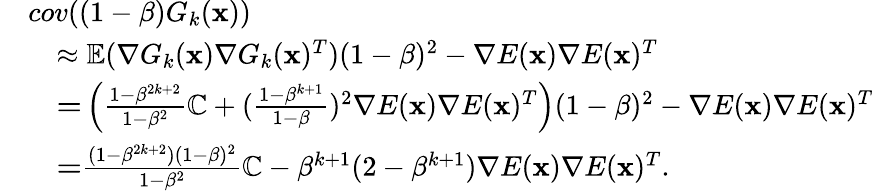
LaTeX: \begin{array}{rl}&{cov((1-\beta)G_{k}(\mathbf{x}))}\\ &{\quad\approx{\mathbb{E}}(\nabla G_{k}(\mathbf{x})\nabla G_{k}(\mathbf{x})^{T})(1-\beta)^{2}-\nabla E(\mathbf{x})\nabla E(\mathbf{x})^{T}}\\ &{\quad\textbf=\left(\frac{1-\beta^{2k+2}}{1-\beta^{2}}{\mathbb{C}}+(\frac{1-\beta^{k+1}}{1-\beta})^{2}\nabla E(\mathbf{x})\nabla E(\mathbf{x})^{T}\right)(1-\beta)^{2}-\nabla E(\mathbf{x})\nabla E(\mathbf{x})^{T}}\\ &{\quad\textbf=\frac{(1-\beta^{2k+2})(1-\beta)^{2}}{1-\beta^{2}}{\mathbb{C}}-\beta^{k+1}(2-\beta^{k+1})\nabla E(\mathbf{x})\nabla E(\mathbf{x})^{T}.}\end{array}